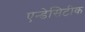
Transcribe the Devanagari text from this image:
एन्डेसिटीक